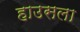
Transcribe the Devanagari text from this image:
हाउसला